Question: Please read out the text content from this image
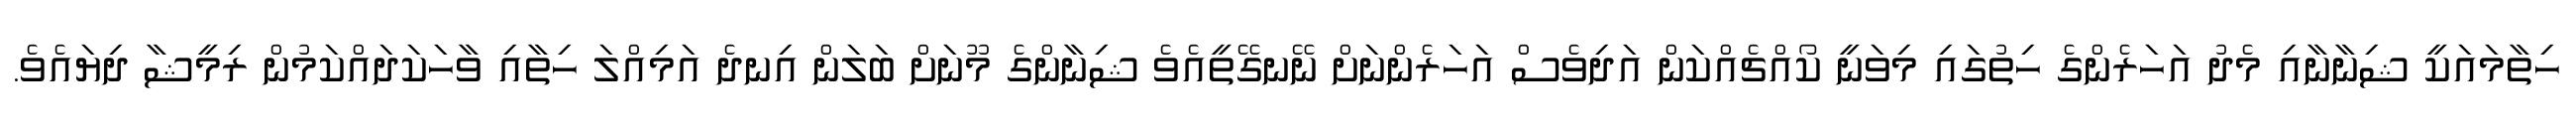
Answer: ހިތާމައަކީ ޝިނާނާއި މެދު އަހަރެންގެ ހިތުގައި މިވަނީ ކޯއްޗެއްކަން އަދިވެސް އަހަރެންނަށް ނޭނގޭތީއެވެ ޝިނާންގެ މޫނަށް ބަލަން އިނދެ އަމިއްލަ ހިތާއި ވާހަކަދައްކަމުން ރިމީޝާ ދިޔައެވެ.